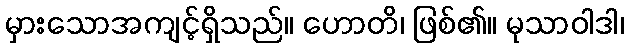
မှားသောအကျင့်ရှိသည်။ ဟောတိ၊ ဖြစ်၏။ မုသာဝါဒါ၊